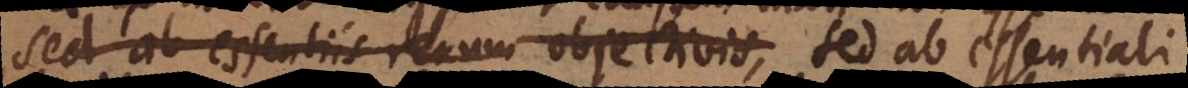
sed ab essentiis rerum objectivis, sed ab essentiali